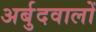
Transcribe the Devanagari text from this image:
अर्बुदवालों